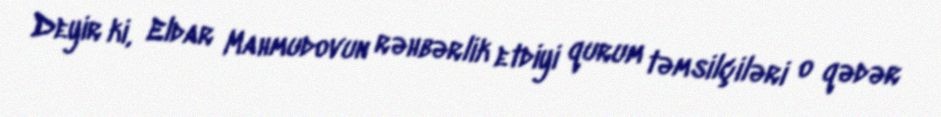
Deyir ki, Eldar Mahmudovun rəhbərlik etdiyi qurum təmsilçiləri o qədər